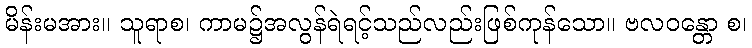
မိန်းမအား။ သူရာစ၊ ကာမ၌အလွန်ရဲရင့်သည်လည်းဖြစ်ကုန်သော။ ဗလဝန္တော စ၊